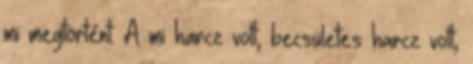
mi megtörtént. A mi harcz volt, becsületes harcz volt,